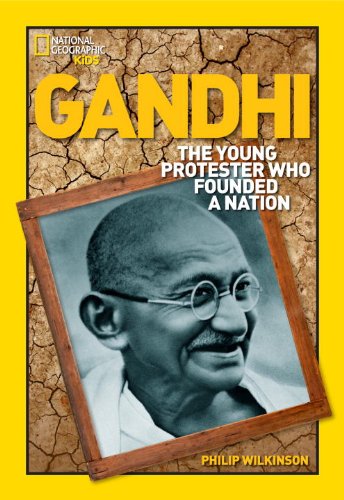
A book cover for World History Biographies: Gandhi: The Young Protester Who Founded a Nation (National Geographic World History Biographies); Philip Wilkinson; Children's Books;